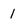
Character: 1